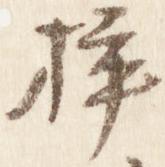
挿